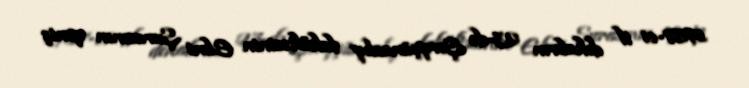
1987-ci il dekabrın 23-də Şərqşünaslıq fakültəsinin Elmi Şurasının qeniş